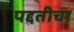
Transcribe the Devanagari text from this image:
पद्दतीचा